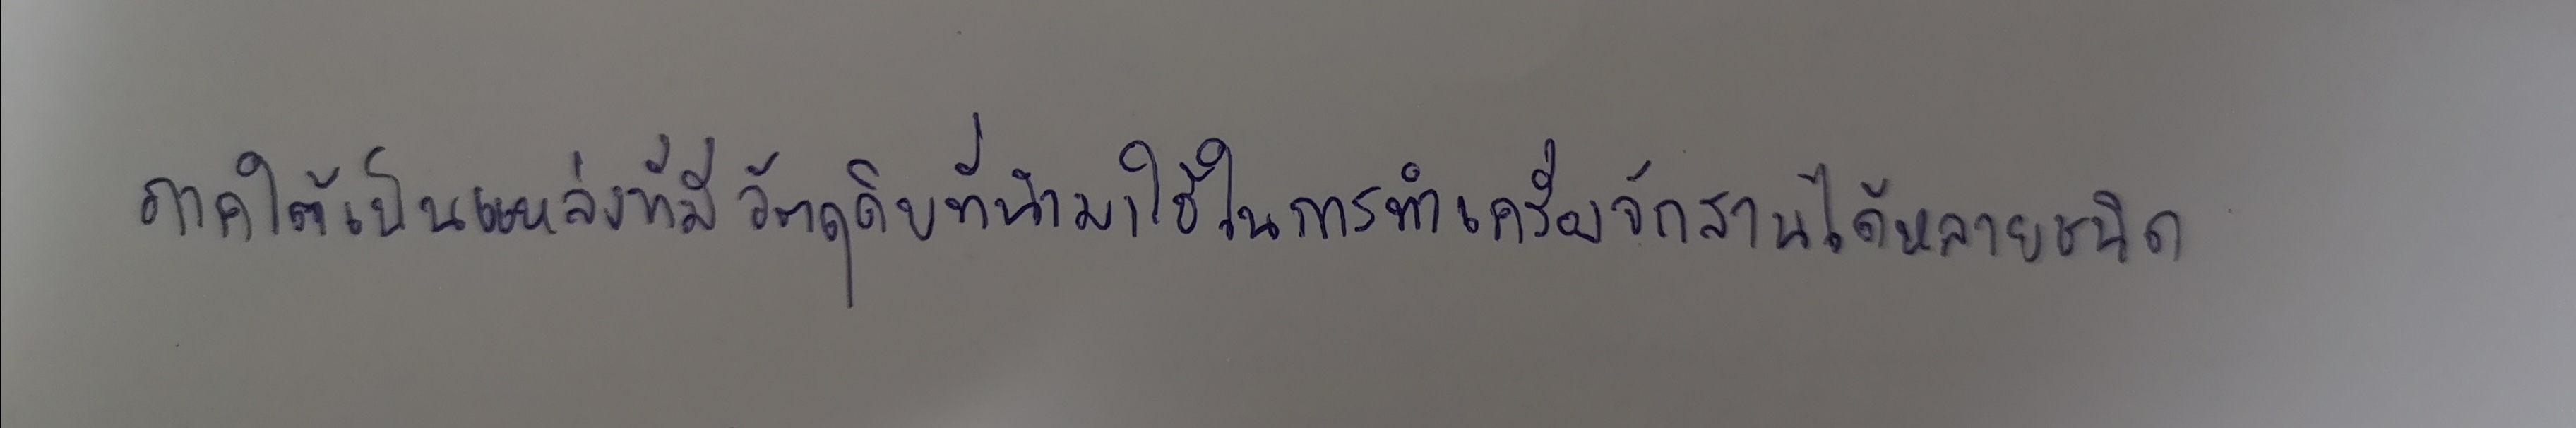
ภาคใต้เป็นแหล่งที่มีวัตถุดิบที่นำมาใช้ในการทำเครื่องจักสานได้หลายชนิด